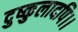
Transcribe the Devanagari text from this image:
दुष्कुलादपि।।